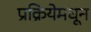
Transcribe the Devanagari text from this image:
प्रक्रियेमधून